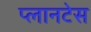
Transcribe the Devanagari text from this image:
प्लानटेस